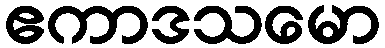
ဧကာဒသမော